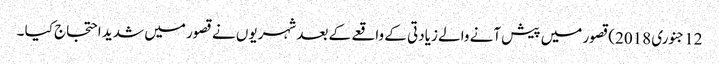
12جنوری 2018)قصور میں پیش آنے والے زیادتی کے واقعے کے بعد شہریوں نے قصور میں شدید احتجاج کیا ۔